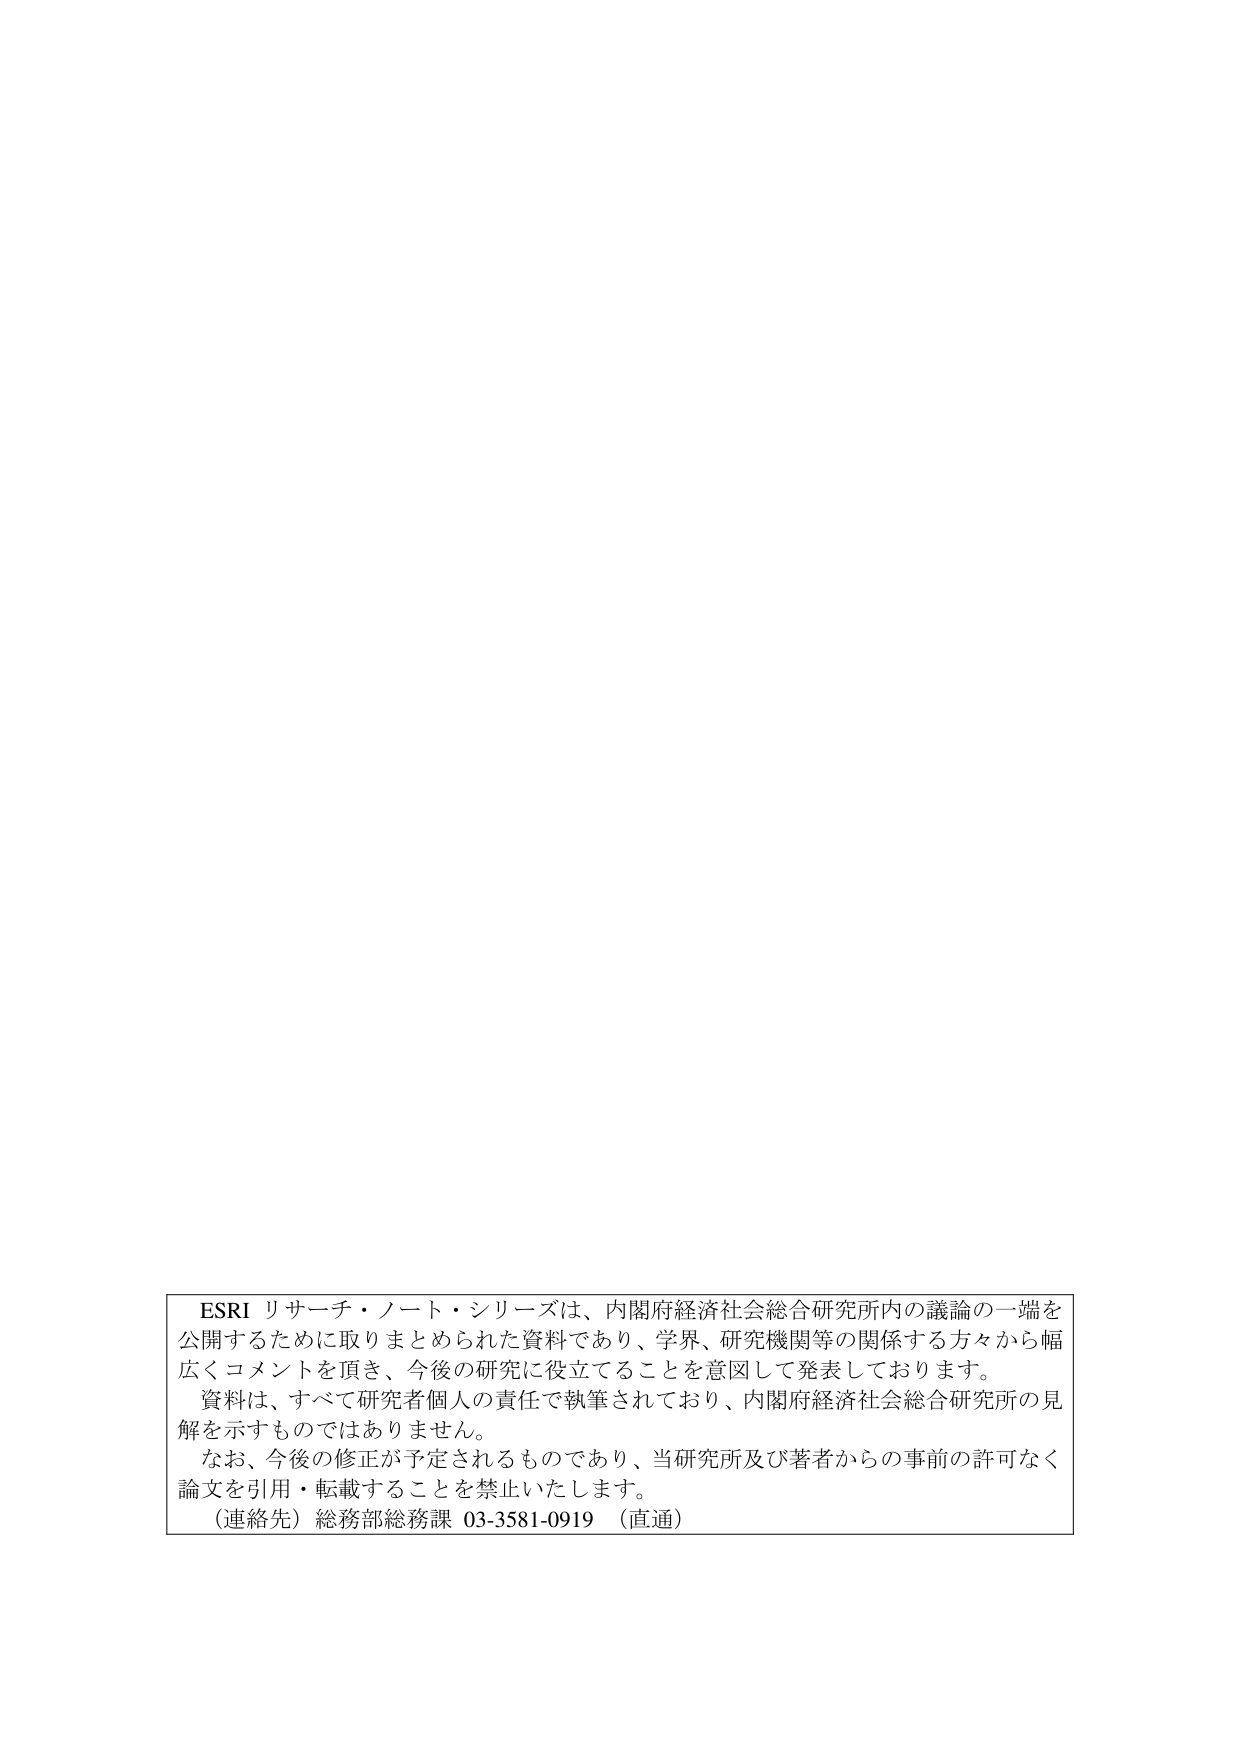
ESRI リサーチ・ノート・シリーズは、内閣府経済社会総合研究所内の議論の一端を
公開するために取りまとめられた資料であり、学界、研究機関等の関係する方々から幅
広くコメントを頂き、今後の研究に役立てることを意図して発表しております。
資料は、すべて研究者個人の責任で執筆されており、内閣府経済社会総合研究所の見
解を示すものではありません。
なお、今後の修正が予定されるものであり、当研究所及び著者からの事前の許可なく
論文を引用・転載することを禁止いたします。
（連絡先）総務部総務課 03-3581-0919 （直通）